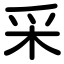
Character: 采